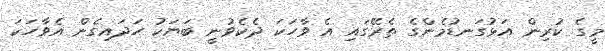
މީގެ ކުރިން އަޅުގަނޑުމެންގެ ތެރޭގައި އެ ވާހަކަ ދެކެވުނީ ބަޔަކު ހަދައިގެން އެވާހަކަ